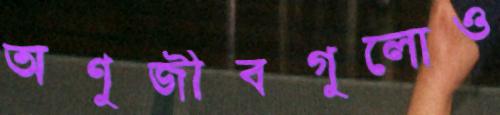
অণুজীবগুলোও